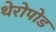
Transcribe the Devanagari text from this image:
थेरोपोड